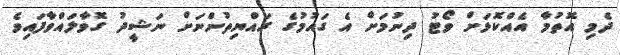
ދެމި އޮތުމާ އެއްކޮޅަށް ވޯޓު ދިނުމަށް އެ ގައުމުގެ ރައްޔިތުންނަށް ނަޝީދު ގޮވާލައްވާފައިވެ